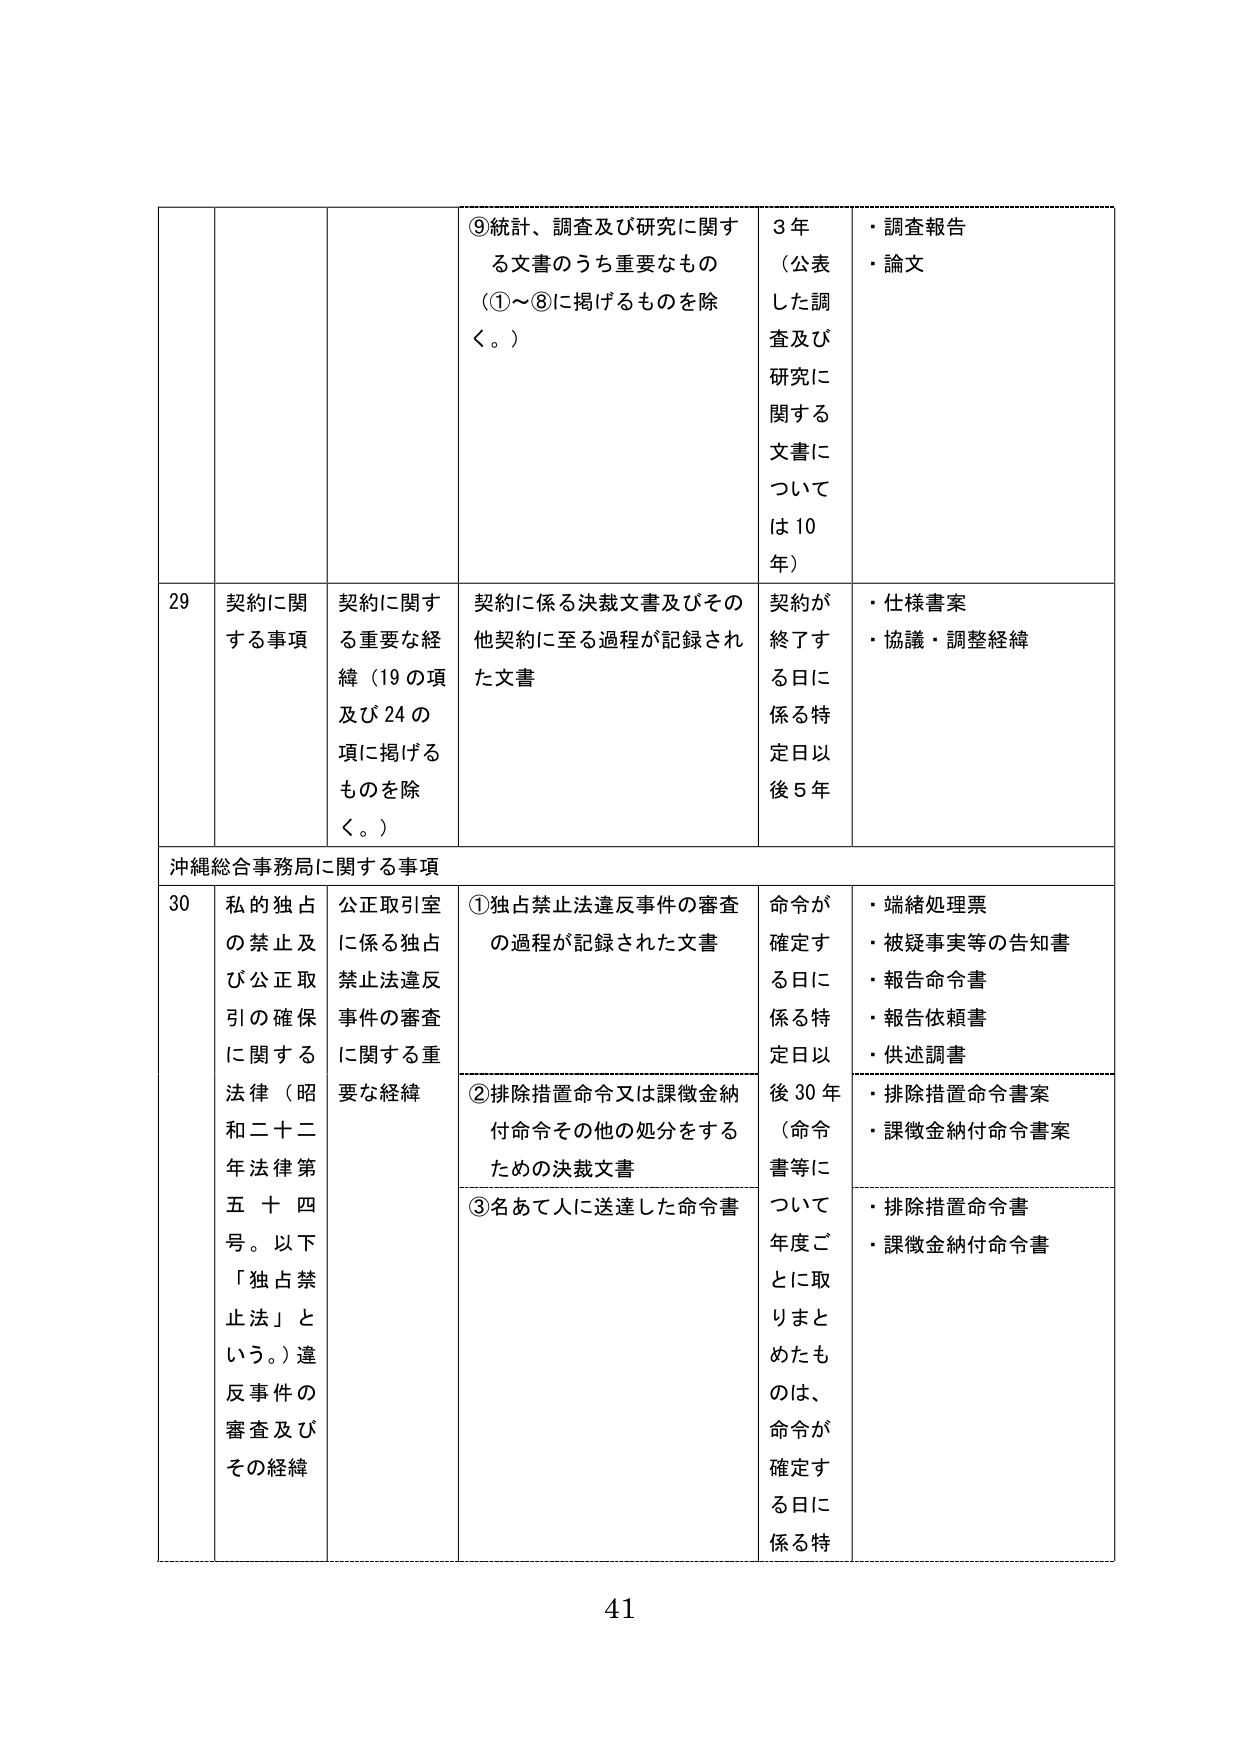
⑨統計、調査及び研究に関する文書のうち重要なもの（①～⑧に掲げるものを除く。）
3年（公表した調査及び研究に関する文書については10年）
・調査報告
・論文

29 契約に関する事項 契約に関する重要な経緯（19の項及び24の項に掲げるものを除く。） 契約に係る決裁文書及びその他契約に至る過程が記録された文書 契約が終了する日に係る特定日以後5年
・仕様書案
・協議・調整経緯

沖縄総合事務局に関する事項

30 私的独占の禁止及び公正取引の確保に関する法律（昭和二十二年法律第五十四号。以下「独占禁止法」という。）違反事件の審査及びその経緯 公正取引室に係る独占禁止法違反事件の審査に関する重要な経緯 ①独占禁止法違反事件の審査の過程が記録された文書 命令が確定する日に係る特定日以後30年（命令書等について年度ごとに取りまとめたものは、命令が確定する日に係る特
・端緒処理票
・被疑事実等の告知書
・報告命令書
・報告依頼書
・供述調書

②排除措置命令又は課徴金納付命令その他の処分をするための決裁文書
・排除措置命令書案
・課徴金納付命令書案

③名あて人に送達した命令書
・排除措置命令書
・課徴金納付命令書

41